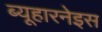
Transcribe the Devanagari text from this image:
ब्यूहारनेइस